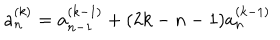
LaTeX: a _ { n } ^ { ( k ) } = a _ { n - 1 } ^ { ( k - 1 ) } + ( 2 k - n - 1 ) a _ { n } ^ { ( k - 1 ) }